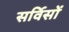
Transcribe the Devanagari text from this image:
सर्विसों